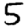
Digit: 5